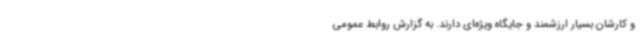
و کارشان بسیار ارزشمند و جایگاه ویژه‌ای دارند. به گزارش روابط عمومی